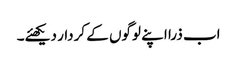
اب ذرا اپنے لوگوں کے کردار دیکھئے۔